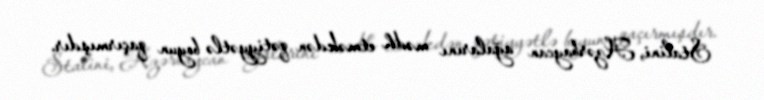
Stalini, Azərbaycan ağalarını mədh etməkdən qətiyyətlə boyun qaçırmışdır.